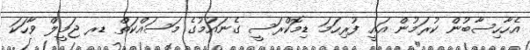
އެހާހިސާބުން ކުރަމުން އައީ ފުރިހަމަ ޑިމޮކްރަސީ ގެނައުމުގެ މަސައްކަތް ޑރ ޖަމީލް ވާހަކަ